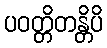
ပဝတ္တိတန္တိပိ